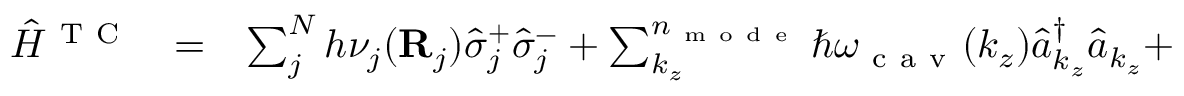
\begin{array} { c c l } { { \hat { H } } ^ { \mathrm { ~ T ~ C ~ } } } & { = } & { \sum _ { j } ^ { N } h \nu _ { j } ( \mathbf R _ { j } ) \hat { \sigma } _ { j } ^ { + } \hat { \sigma } _ { j } ^ { - } + \sum _ { k _ { z } } ^ { n _ { \mathrm { ~ m ~ o ~ d ~ e ~ } } } \hslash \omega _ { \mathrm { ~ c ~ a ~ v ~ } } ( k _ { z } ) \hat { a } _ { k _ { z } } ^ { \dagger } \hat { a } _ { k _ { z } } + } \end{array}